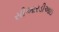
સીઆરડીઆઇ